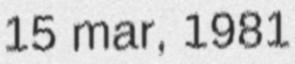
15 mar, 1981